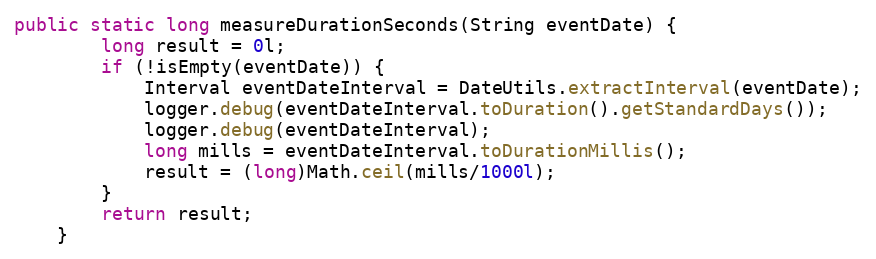
Language: Java
public static long measureDurationSeconds(String eventDate) {
    	long result = 0l;
    	if (!isEmpty(eventDate)) {
    		Interval eventDateInterval = DateUtils.extractInterval(eventDate);
    		logger.debug(eventDateInterval.toDuration().getStandardDays());
    		logger.debug(eventDateInterval);
    		long mills = eventDateInterval.toDurationMillis();
    		result = (long)Math.ceil(mills/1000l);
    	}
    	return result;
    }